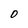
Character: D